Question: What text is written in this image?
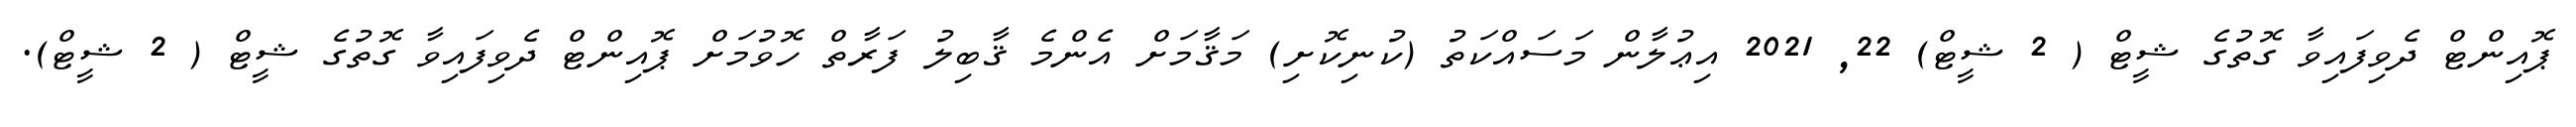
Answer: ޕޮއިންޓް ދެވިފައިވާ ގޮތުގެ ޝީޓް ( 2 ޝީޓް) 22, 2021 އިޢުލާން މަސައްކަތު (ކުނިކޮށި) މަޤާމަށް އެންމެ ޤާބިލު ފަރާތް ހޮވުމަށް ޕޮއިންޓް ދެވިފައިވާ ގޮތުގެ ޝީޓް ( 2 ޝީޓް).